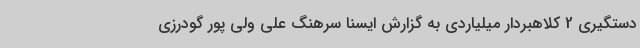
دستگیری 2 کلاهبردار میلیاردی به گزارش ایسنا سرهنگ علی ولی پور گودرزی